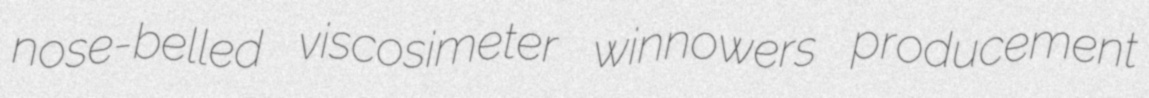
nose-belled viscosimeter winnowers producement